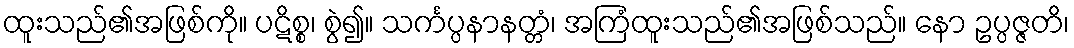
ထူးသည်၏အဖြစ်ကို။ ပဋိစ္စ၊ စွဲ၍။ သင်္ကပ္ပနာနတ္တံ၊ အကြံထူးသည်၏အဖြစ်သည်။ နော ဥပ္ပဇ္ဇတိ၊